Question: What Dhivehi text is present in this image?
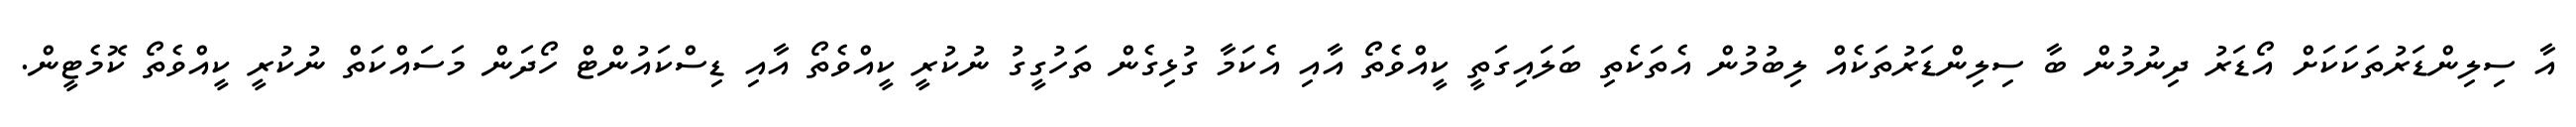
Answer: އާ ސިލިންޑަރުތަކަކަށް އޯޑަރު ދިނުމުން ބާ ސިލިންޑަރުތަކެއް ލިބުމުން އެތަކެތި ބަލައިގަތީ ކީއްވެތޯ އާއި އެކަމާ ގުޅިގެން ތަހުގީގު ނުކުރީ ކީއްވެތޯ އާއި ޑިސްކައުންޓް ހޯދަން މަސައްކަތް ނުކުރީ ކީއްވެތޯ ކޮމެޓީން.